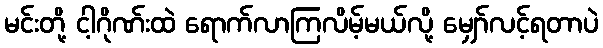
မင်းတို့ ငါ့ဂိုဏ်းထဲ ရောက်လာကြလိမ့်မယ်လို့ မျှော်လင့်ရတာပဲ